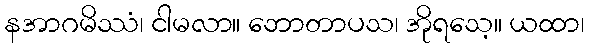
နအာဂမိဿံ၊ ငါမလာ။ ဘောတာပသ၊ အိုရသေ့။ ယထာ၊